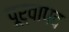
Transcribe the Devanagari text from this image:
पूर्वापद